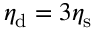
\eta _ { \mathrm { d } } = 3 \eta _ { \mathrm { s } }